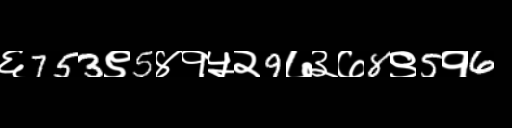
Text: ६753९5४१५२9७३७8९5१6